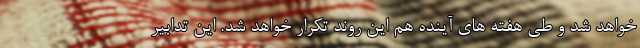
خواهد شد و طی هفته های آینده هم این روند تکرار خواهد شد. این تدابیر